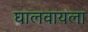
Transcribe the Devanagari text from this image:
घालवायला